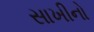
સાખીનો